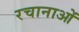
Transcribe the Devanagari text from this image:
रचानाओं